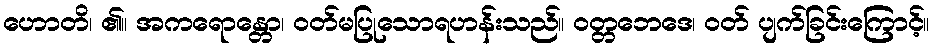
ဟောတိ၊ ၏။ အကရောန္တော၊ ဝတ်မပြုသောရဟန်းသည်။ ဝတ္တဘေဒေ၊ ဝတ် ပျက်ခြင်းကြောင့်။